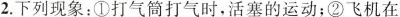
2.下列现象：①打气筒打气时，活塞的运动；②飞机在